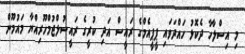
މި އިސްލާހާ ދެކޮޅު ހައްދަވައި ޕީޕީއެމްގެ ރައީސް އަދި ކުރީގެ ރައީސުލްޖުމްހޫރިއްޔާ މައުމޫން